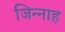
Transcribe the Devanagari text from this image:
जिन्‍नाह